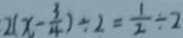
2 ( x - \frac { 3 } { 4 } ) \div 2 = \frac { 1 } { 2 } \div 2